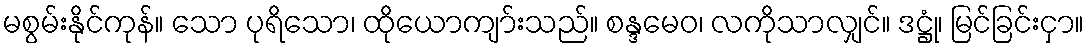
မစွမ်းနိုင်ကုန်။ သော ပုရိသော၊ ထိုယောကျာ်းသည်။ စန္ဒမေဝ၊ လကိုသာလျှင်။ ဒဋ္ဌုံ၊ မြင်ခြင်းငှာ။